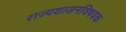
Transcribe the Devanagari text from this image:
राज्यशासनविषयक